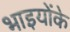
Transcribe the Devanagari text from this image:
भाइयोंके